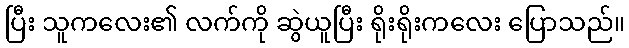
ပြီး သူကလေး၏ လက်ကို ဆွဲယူပြီး ရိုးရိုးကလေး ပြောသည်။